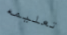
تعليمه